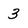
Character: 3